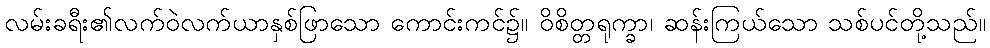
လမ်းခရီး၏လက်ဝဲလက်ယာနှစ်ဖြာသော ကောင်းကင်၌။ ဝိစိတ္တရုက္ခာ၊ ဆန်းကြယ်သော သစ်ပင်တို့သည်။